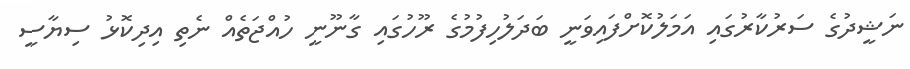
ނަޝީދުގެ ސަރުކާރުގައި އަމަލުކޮށްފައިވަނީ ބަދަލުހިފުމުގެ ރޫހުގައި ގާނޫނީ ހުއްޖަތެއް ނެތި އިދިކޮޅު ސިޔާސީ